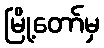
မြို့တော်မှ